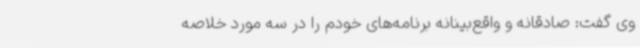
وی گفت: صادقانه و واقع‌بینانه برنامه‌های خودم را در سه مورد خلاصه